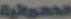
الهوائية